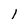
Character: 1